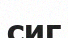
сиг